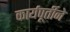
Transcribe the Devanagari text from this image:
कार्यपूर्तीने